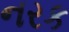
નરક